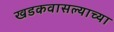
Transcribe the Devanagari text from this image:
खडकवासल्याच्या